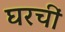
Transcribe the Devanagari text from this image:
घरचीं